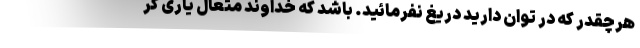
هرچقدر که در توان دارید دریغ نفرمائید. باشد که خداوند متعال یاری گر